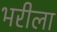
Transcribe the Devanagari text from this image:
भरीला